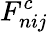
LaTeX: F_{nij}^{c}